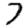
Digit: 7